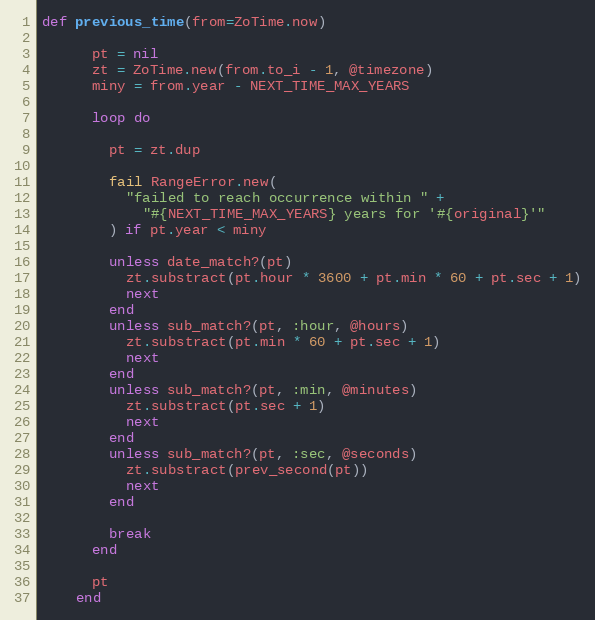
Language: Ruby
def previous_time(from=ZoTime.now)

      pt = nil
      zt = ZoTime.new(from.to_i - 1, @timezone)
      miny = from.year - NEXT_TIME_MAX_YEARS

      loop do

        pt = zt.dup

        fail RangeError.new(
          "failed to reach occurrence within " +
            "#{NEXT_TIME_MAX_YEARS} years for '#{original}'"
        ) if pt.year < miny

        unless date_match?(pt)
          zt.substract(pt.hour * 3600 + pt.min * 60 + pt.sec + 1)
          next
        end
        unless sub_match?(pt, :hour, @hours)
          zt.substract(pt.min * 60 + pt.sec + 1)
          next
        end
        unless sub_match?(pt, :min, @minutes)
          zt.substract(pt.sec + 1)
          next
        end
        unless sub_match?(pt, :sec, @seconds)
          zt.substract(prev_second(pt))
          next
        end

        break
      end

      pt
    end